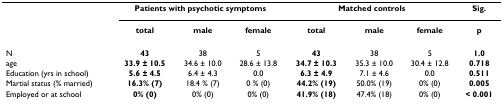
<table><thead><tr><td></td><td colspan="3"><b>Patients with psychotic symptoms</b></td><td colspan="3"><b>Matched controls</b></td><td><b>Sig.</b></td></tr><tr><td></td><td><b>total</b></td><td><b>male</b></td><td><b>female</b></td><td><b>total</b></td><td><b>male</b></td><td><b>female</b></td><td><b>p</b></td></tr></thead><tbody><tr><td>N</td><td><b>43</b></td><td>38</td><td>5</td><td><b>43</b></td><td>38</td><td>5</td><td><b>1.0</b></td></tr><tr><td>age</td><td><b>33.9 ± 10.5</b></td><td>34.6 ± 10.0</td><td>28.6 ± 13.8</td><td><b>34.7 ± 10.3</b></td><td>35.3 ± 10.0</td><td>30.4 ± 12.8</td><td><b>0.718</b></td></tr><tr><td>Education (yrs in school)</td><td><b>5.6 ± 4.5</b></td><td>6.4 ± 4.3</td><td>0.0</td><td><b>6.3 ± 4.9</b></td><td>7.1 ± 4.6</td><td>0.0</td><td><b>0.511</b></td></tr><tr><td>Martial status (% married)</td><td><b>16.3% (7)</b></td><td>18.4 % (7)</td><td>0 % (0)</td><td><b>44.2% (19)</b></td><td>50.0% (19)</td><td>0% (0)</td><td><b>0.005</b></td></tr><tr><td>Employed or at school</td><td><b>0% (0)</b></td><td>0% (0)</td><td>0% (0)</td><td><b>41.9% (18)</b></td><td>47.4% (18)</td><td>0% (0)</td><td><b>&lt; 0.001</b></td></tr></tbody></table>